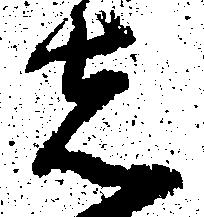
者